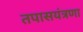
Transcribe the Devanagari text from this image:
तपासयंत्रणा